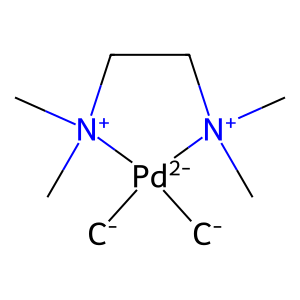
SMILES: [CH2-][Pd-2]1([CH2-])[N+](C)(C)CC[N+]1(C)C
Inhibits HIV replication: No